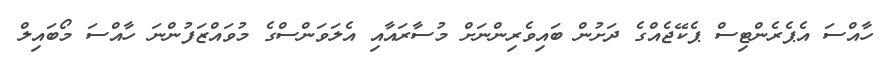
ހާއްސަ އެޕެރެންޓިސް ޕެކޭޖެއްގެ ދަށުން ބައިވެރިންނަށް މުސާރައާއި އެލަވަންސްގެ މުވައްޒަފުންނަ ހާއްސަ މޯބައިލް